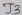
Text: J3